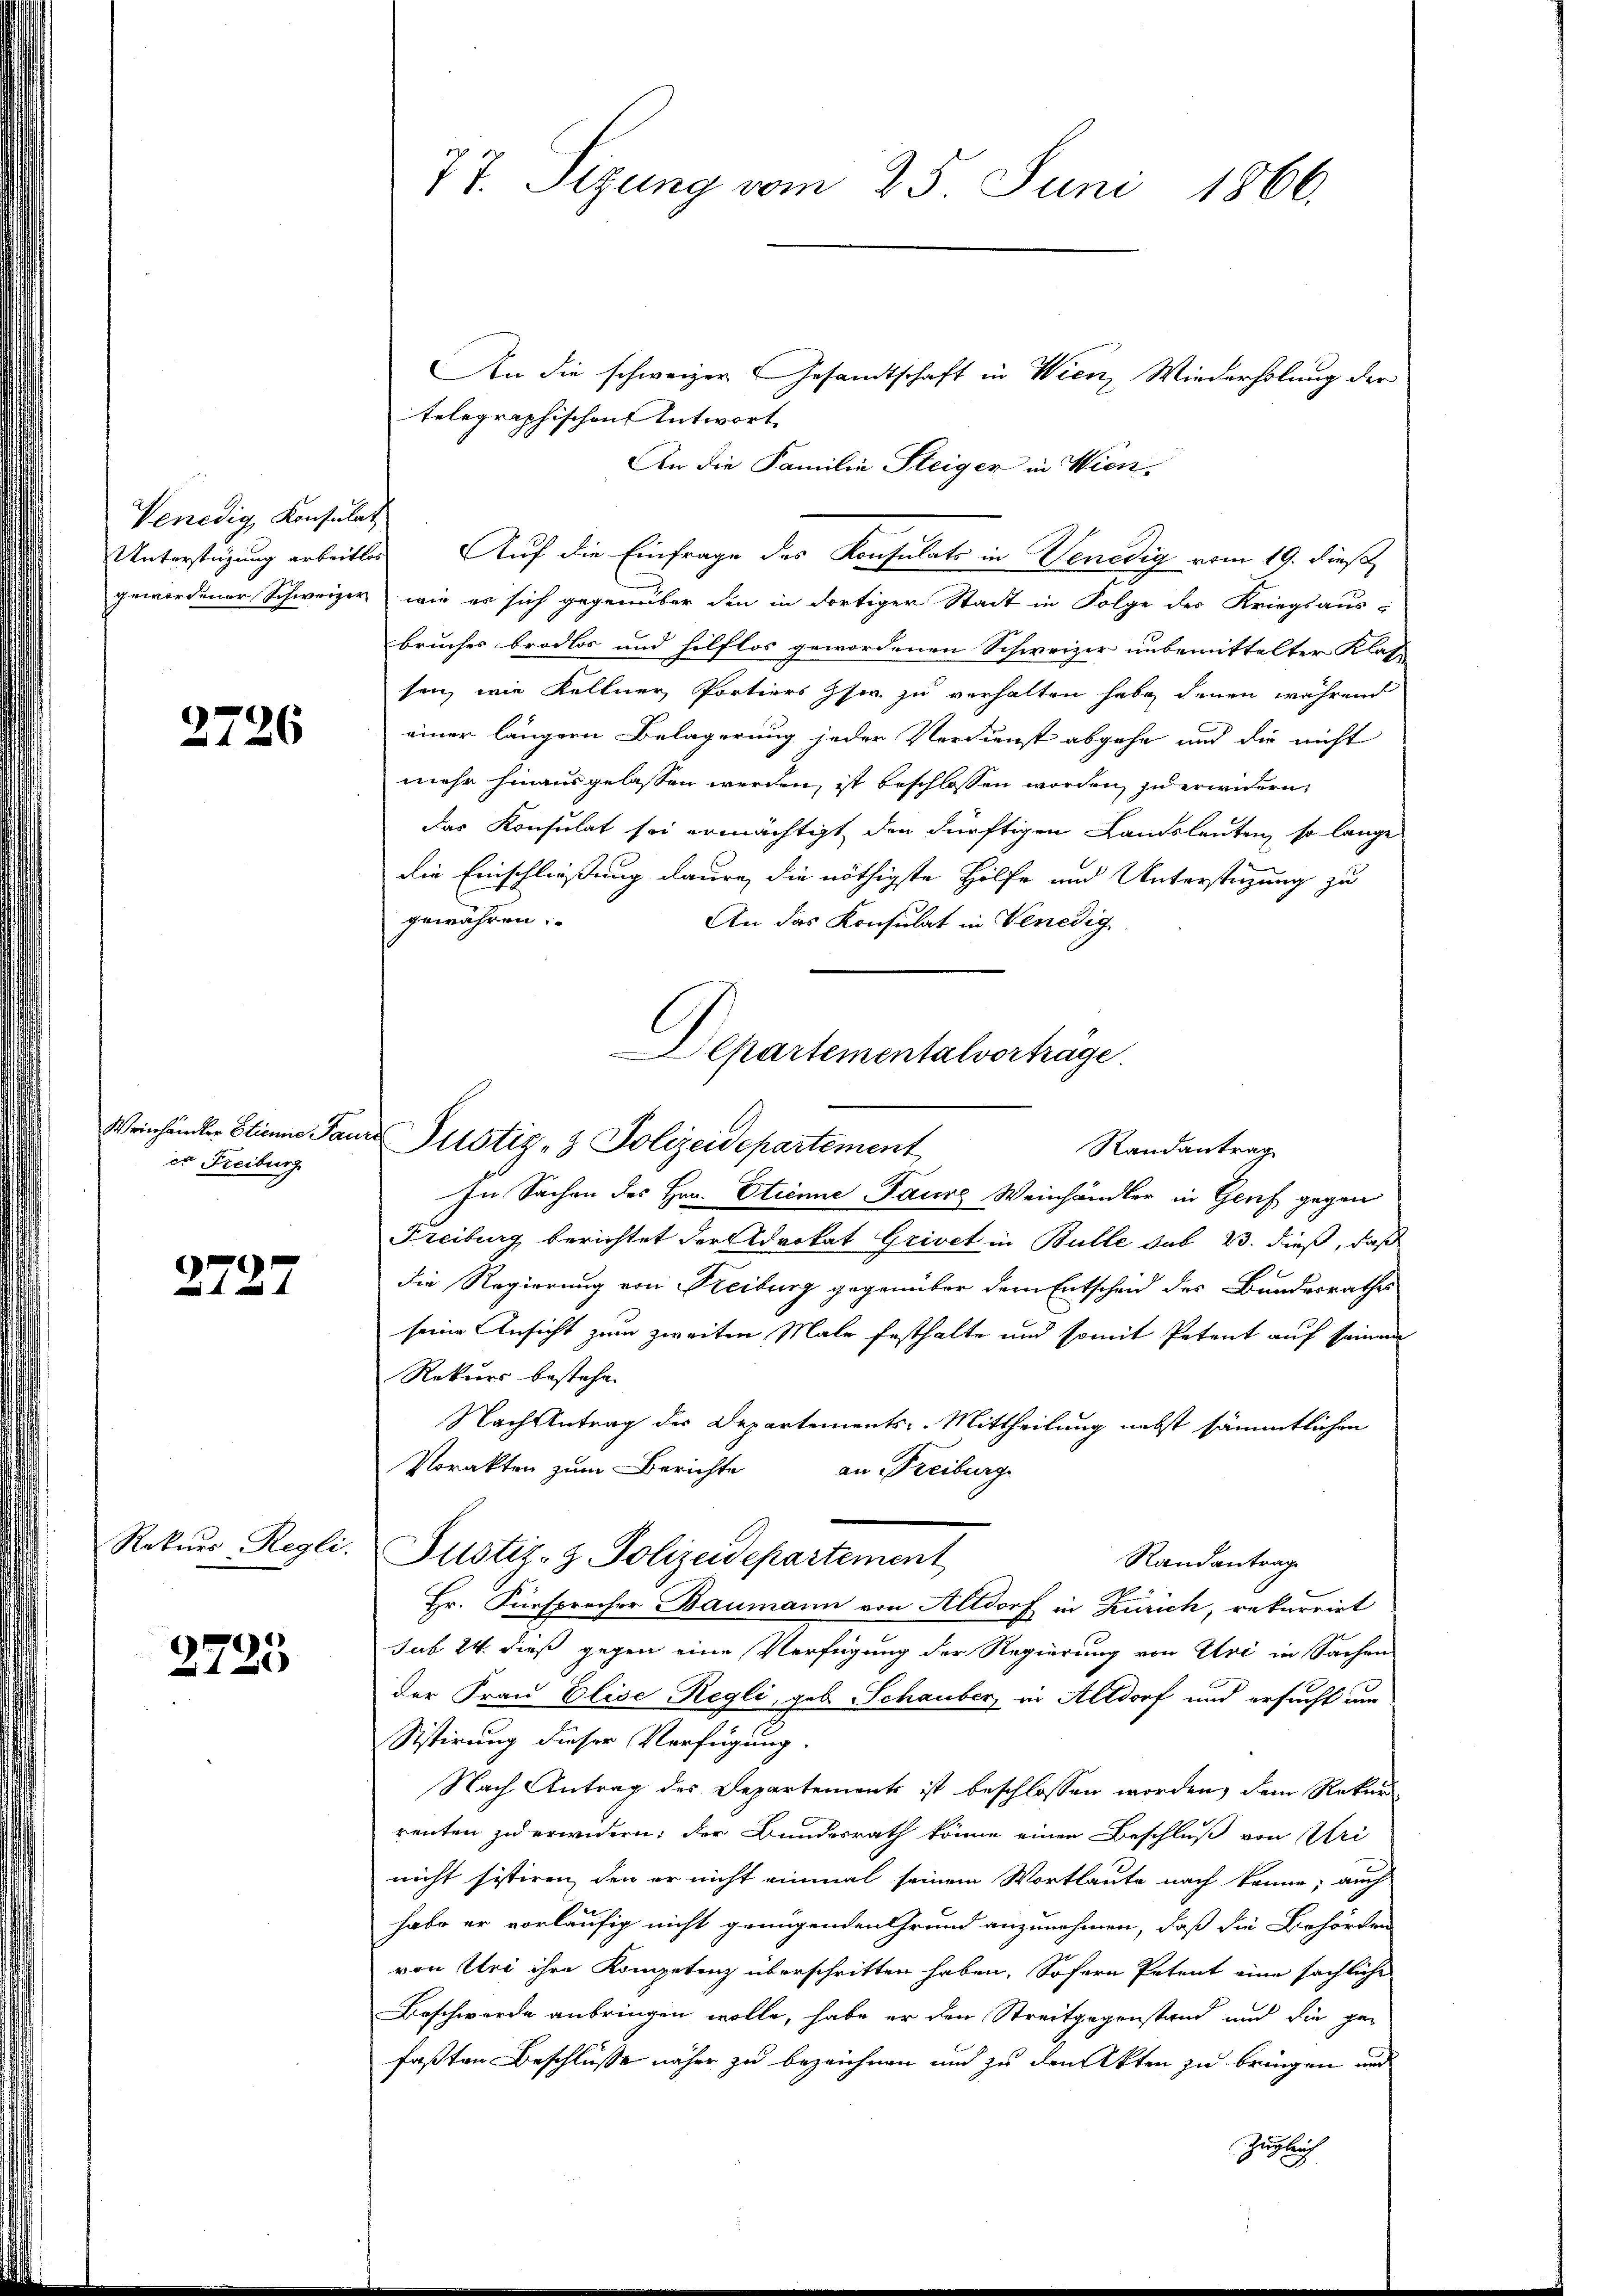
Venedig, Konsulat

2726

Weinhändler Etienne Pau
er Freiburg

2727

Rekurs-Regli.

2725

An die schweizer Gesandtschaft in Wien, Wiederholung der
telegraphischen Antwort
An die Familie Steiger in Wien.
Unterstüzung arbeite Auf die Einfrage des Konsulats in Venedig vom 19. dieß,
gewordener Schweizer, wie es sich gegenüber den in dortiger Stadt in Folge des Kriegsausbruches brodlos und hilflos gewordenen Schweizer unbemittelter Klat
sen, wie Kellner Portiers Gfer zu verhalten habe, denen während
einer längern Belagerung jeder Verdienst abgehe und die nicht
mehr hinausgelassen werden, ist beschlossen worden, zu erwidern
das Konsulat sei ermächtigt, den dürftigen Landsleuten, so lange
die Einschließung daure, die nöthigste Hilfe und Unterstüzung zu
gewähren.
An das Konsulat in Venedig
In Sachen des Hrn. Etienne Paurg Weinhändler in Genf gegen
Freiburg berichtet der Advokat Grivet in Bulle sub 23. dieß, daß
die Regierung von Freiburg gegenüber dem Entscheid des Bundesrathes
seine Ansicht zum zweiten Male festhalte und somit Petent auf seinem
Rekurs bestehe.
Nachtetrag der Departements-Mittheilung nebst sämmtlichen
Vorakten zum Berichte
an Freiburg
Justiz- & Polizeidepartement
Randantrage
Hr. Fürsprocher Baumann von Altdorf in Zürich, rekurrirt
sub 24. dieß gegen eine Verfügung der Regierung von Uri in Sachen
der Frau Elise Regli, geb. Schauber in Altdorf und ersucht um
Sistirung dieser Verfügung.
Nach Antrag des Departements ist beschlossen worden, dem Rekurrenten zu erwidern; der Bundesrath könne einen Beschluß von Uri
nicht sistiren, den er nicht einmal seinem Wortlaute nach könne; auch
habe er vorläufig nicht genügenden Grund anzunehmen, daß die Behörden
von Uri ihre Kompetenz überschritten haben. Sofern Petent eine sächliche
Beschwerde anbringen wolle, habe er den Streitgegenstand und die ge-
faßten Beschlüsse näher zu bezeichnen und zu den Akten zu bringen und
Zugleich

77. Sizung vom 25. Juni 1866.

Departementalverhäge.
in Justiz- & Polizeidepartement
Randantrag